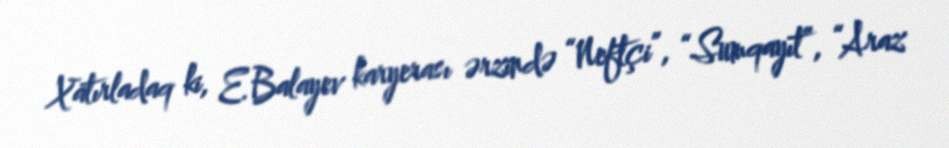
Xatırladaq ki, E.Balayev karyerası ərzində “Neftçi”, “Sumqayıt”, “Araz